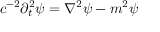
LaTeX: c ^ { - 2 } \partial _ { t } ^ { 2 } \psi = \nabla ^ { 2 } \psi - m ^ { 2 } \psi